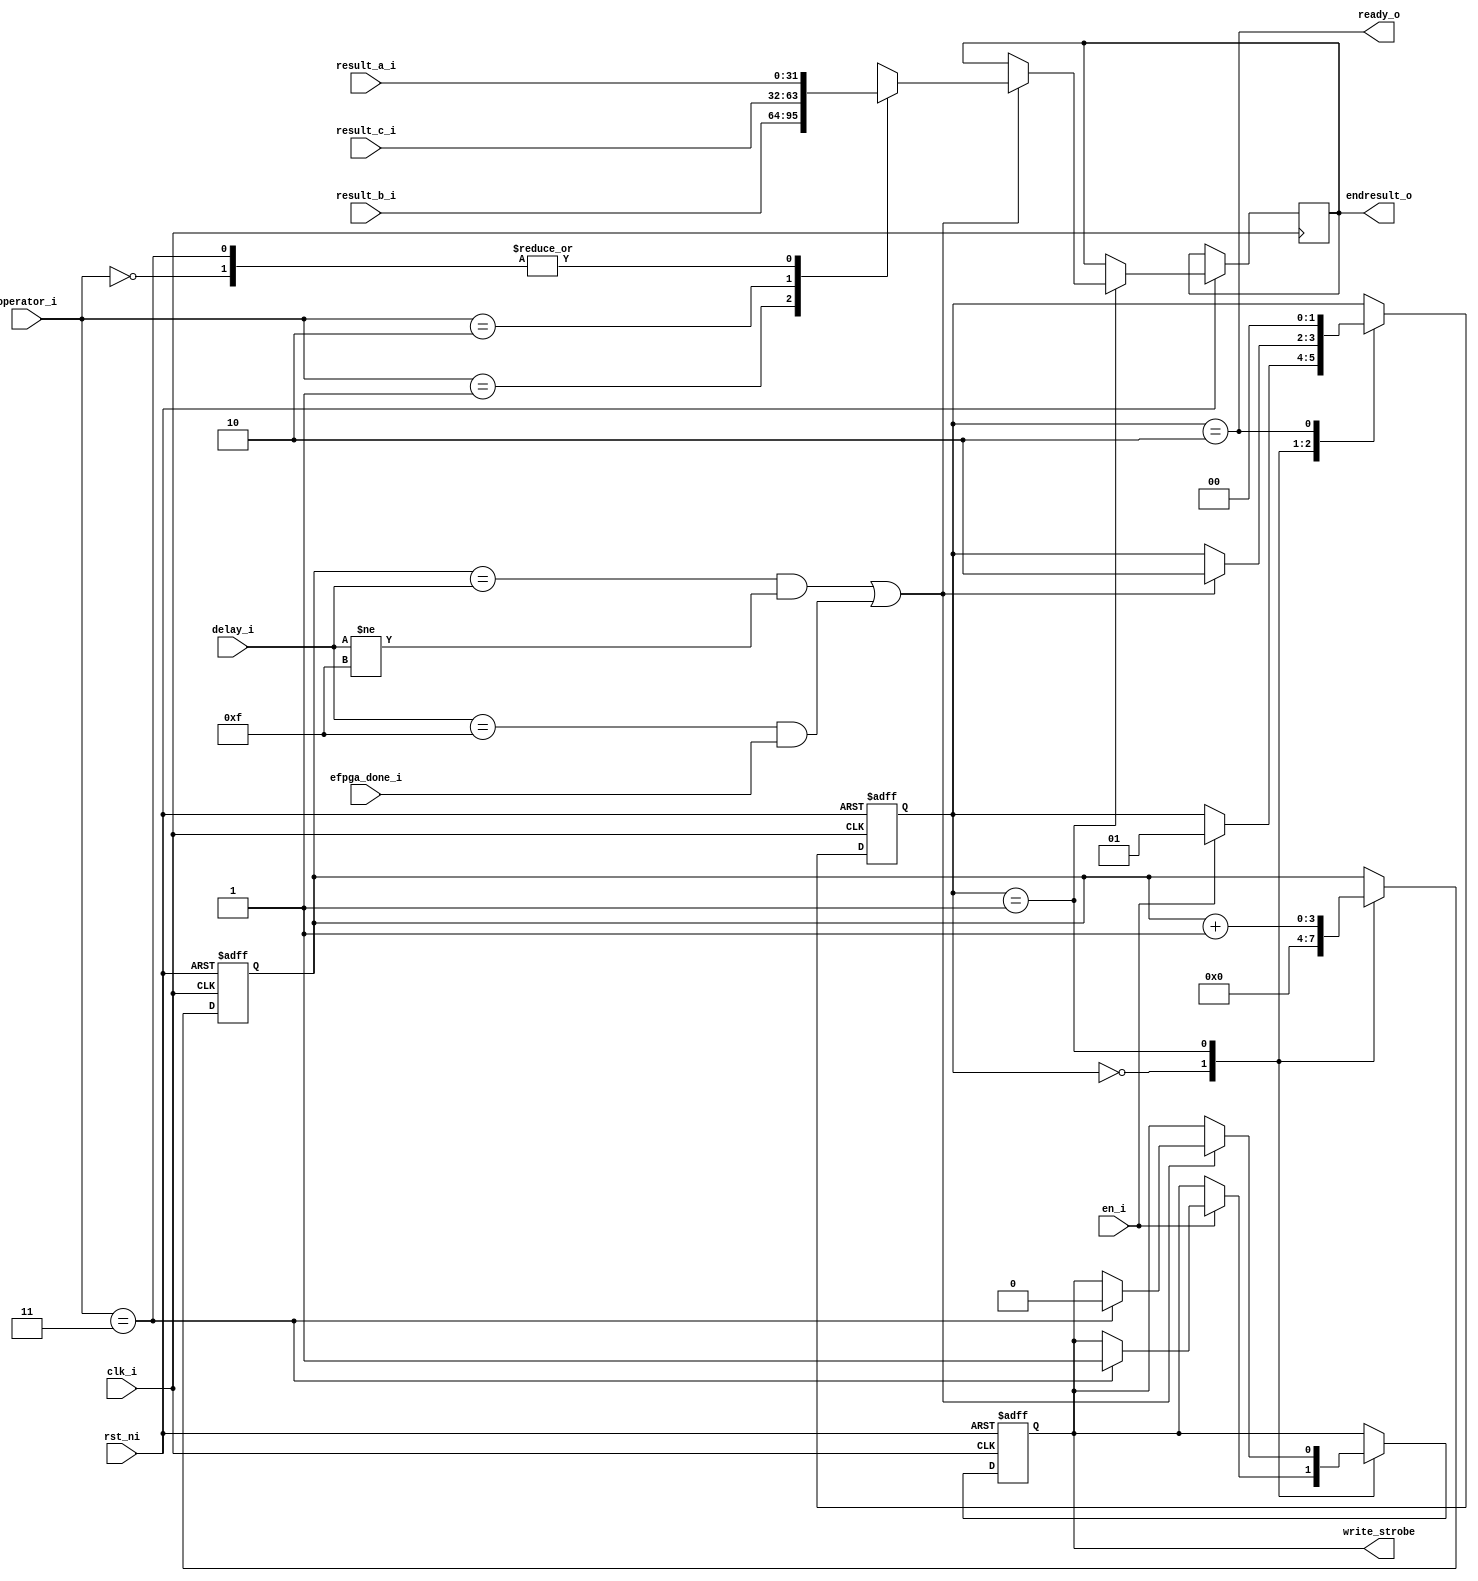
// SPDX-FileCopyrightText: 2021 Thinh Pham
//                         2021 Andrew Attwood
//
//
// Licensed under the Apache License, Version 2.0, see LICENSE for details.
// SPDX-License-Identifier: Apache-2.0
module ibex_eFPGA (
	clk_i,
	rst_ni,
	en_i,
	operator_i,
	ready_o,
	endresult_o,
	result_a_i,
	result_b_i,
	result_c_i,
	delay_i,
	write_strobe,
	efpga_done_i
);
	input wire clk_i;
	input wire rst_ni;
	input wire en_i;
	input wire [1:0] operator_i;
	output wire ready_o;
	output reg [31:0] endresult_o;
	input wire [31:0] result_a_i;
	input wire [31:0] result_b_i;
	input wire [31:0] result_c_i;
	input wire [3:0] delay_i;
	output reg write_strobe;
	input wire efpga_done_i;
	reg [1:0] eFPGA_fsm_r;
	reg [3:0] count;
	always @(posedge clk_i or negedge rst_ni)
		if (!rst_ni) begin
			eFPGA_fsm_r <= 2'd0;
			count <= 0;
			write_strobe <= 1'b0;
		end
		else
			case (eFPGA_fsm_r)
				2'd0: begin
					count <= 0;
					if (en_i == 1) begin
						eFPGA_fsm_r <= 2'd1;
						if (operator_i == 2'b11)
							write_strobe <= 1'b1;
					end
				end
				2'd1: begin
					count <= count + 1;
					if (((count == delay_i) & (delay_i != 4'b1111)) | ((delay_i == 4'b1111) & efpga_done_i)) begin
						eFPGA_fsm_r <= 2'd2;
						case (operator_i)
							2'b00: endresult_o <= result_a_i;
							2'b01: endresult_o <= result_b_i;
							2'b10: endresult_o <= result_c_i;
							2'b11: begin
								endresult_o <= result_a_i;
								write_strobe <= 1'b0;
							end
							default: endresult_o <= result_a_i;
						endcase
					end
				end
				2'd2: eFPGA_fsm_r <= 2'd0;
				default:
					;
			endcase
	assign ready_o = eFPGA_fsm_r == 2'd2;
endmodule